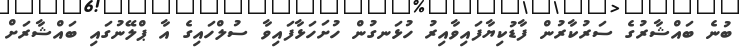
ބުނެ ބައްޝާރުގެ ސަރުކާރުން ފާޑުކިޔާފައިވާއިރު ހުޅަނގުން ހުށަހަޅާފައިވާ ސުލްހައިގެ އާ ޕްލޭނުގައި ބައްޝާރަށް